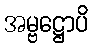
အမ္ဗဋ္ဌောပိ